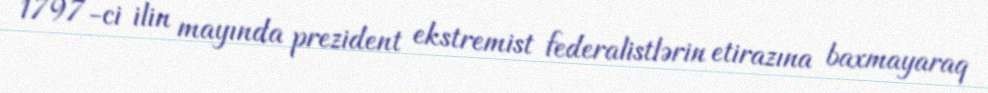
1797-ci ilin mayında prezident ekstremist federalistlərin etirazına baxmayaraq